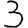
Digit: 3